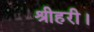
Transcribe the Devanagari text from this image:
श्रीहरी।